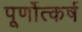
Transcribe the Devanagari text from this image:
पूर्णोत्कर्ष